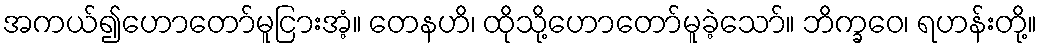
အကယ်၍ဟောတော်မူငြားအံ့။ တေနဟိ၊ ထိုသို့ဟောတော်မူခဲ့သော်။ ဘိက္ခဝေ၊ ရဟန်းတို့။